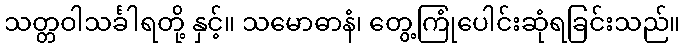
သတ္တဝါသင်္ခါရတို့ နှင့်။ သမောဓာနံ၊ တွေ့ကြုံပေါင်းဆုံရခြင်းသည်။